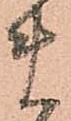
ま